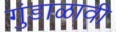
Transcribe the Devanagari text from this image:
गुंडाळावी